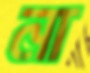
না